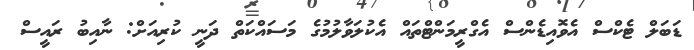
ޑަބަލް ޓެކްސް އެވޮއިޑެންސް އެގްރީމަންޓްތައް އެކުލަވާލުމުގެ މަސައްކަތް ދަނީ ކުރިއަށް: ނާއިބު ރައީސް